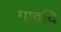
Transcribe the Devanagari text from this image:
गावचि